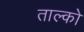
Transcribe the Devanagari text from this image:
ताल्को